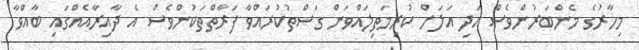
މިހާރުގެ މެންބަރުންވެސް އަދި އަލަށް ކުރިމަތިލައްވަން ގަސްތުކުރައްވާ ފަރާތްތަކުންވެސް އެ ދާއިރާއެއްގައި ބާއްވާ